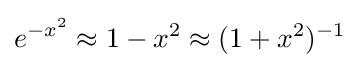
e^{-x^{2}}\approx 1-x^{2}\approx (1+x^{2})^{-1}